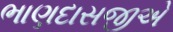
ભાણદાસજીએ